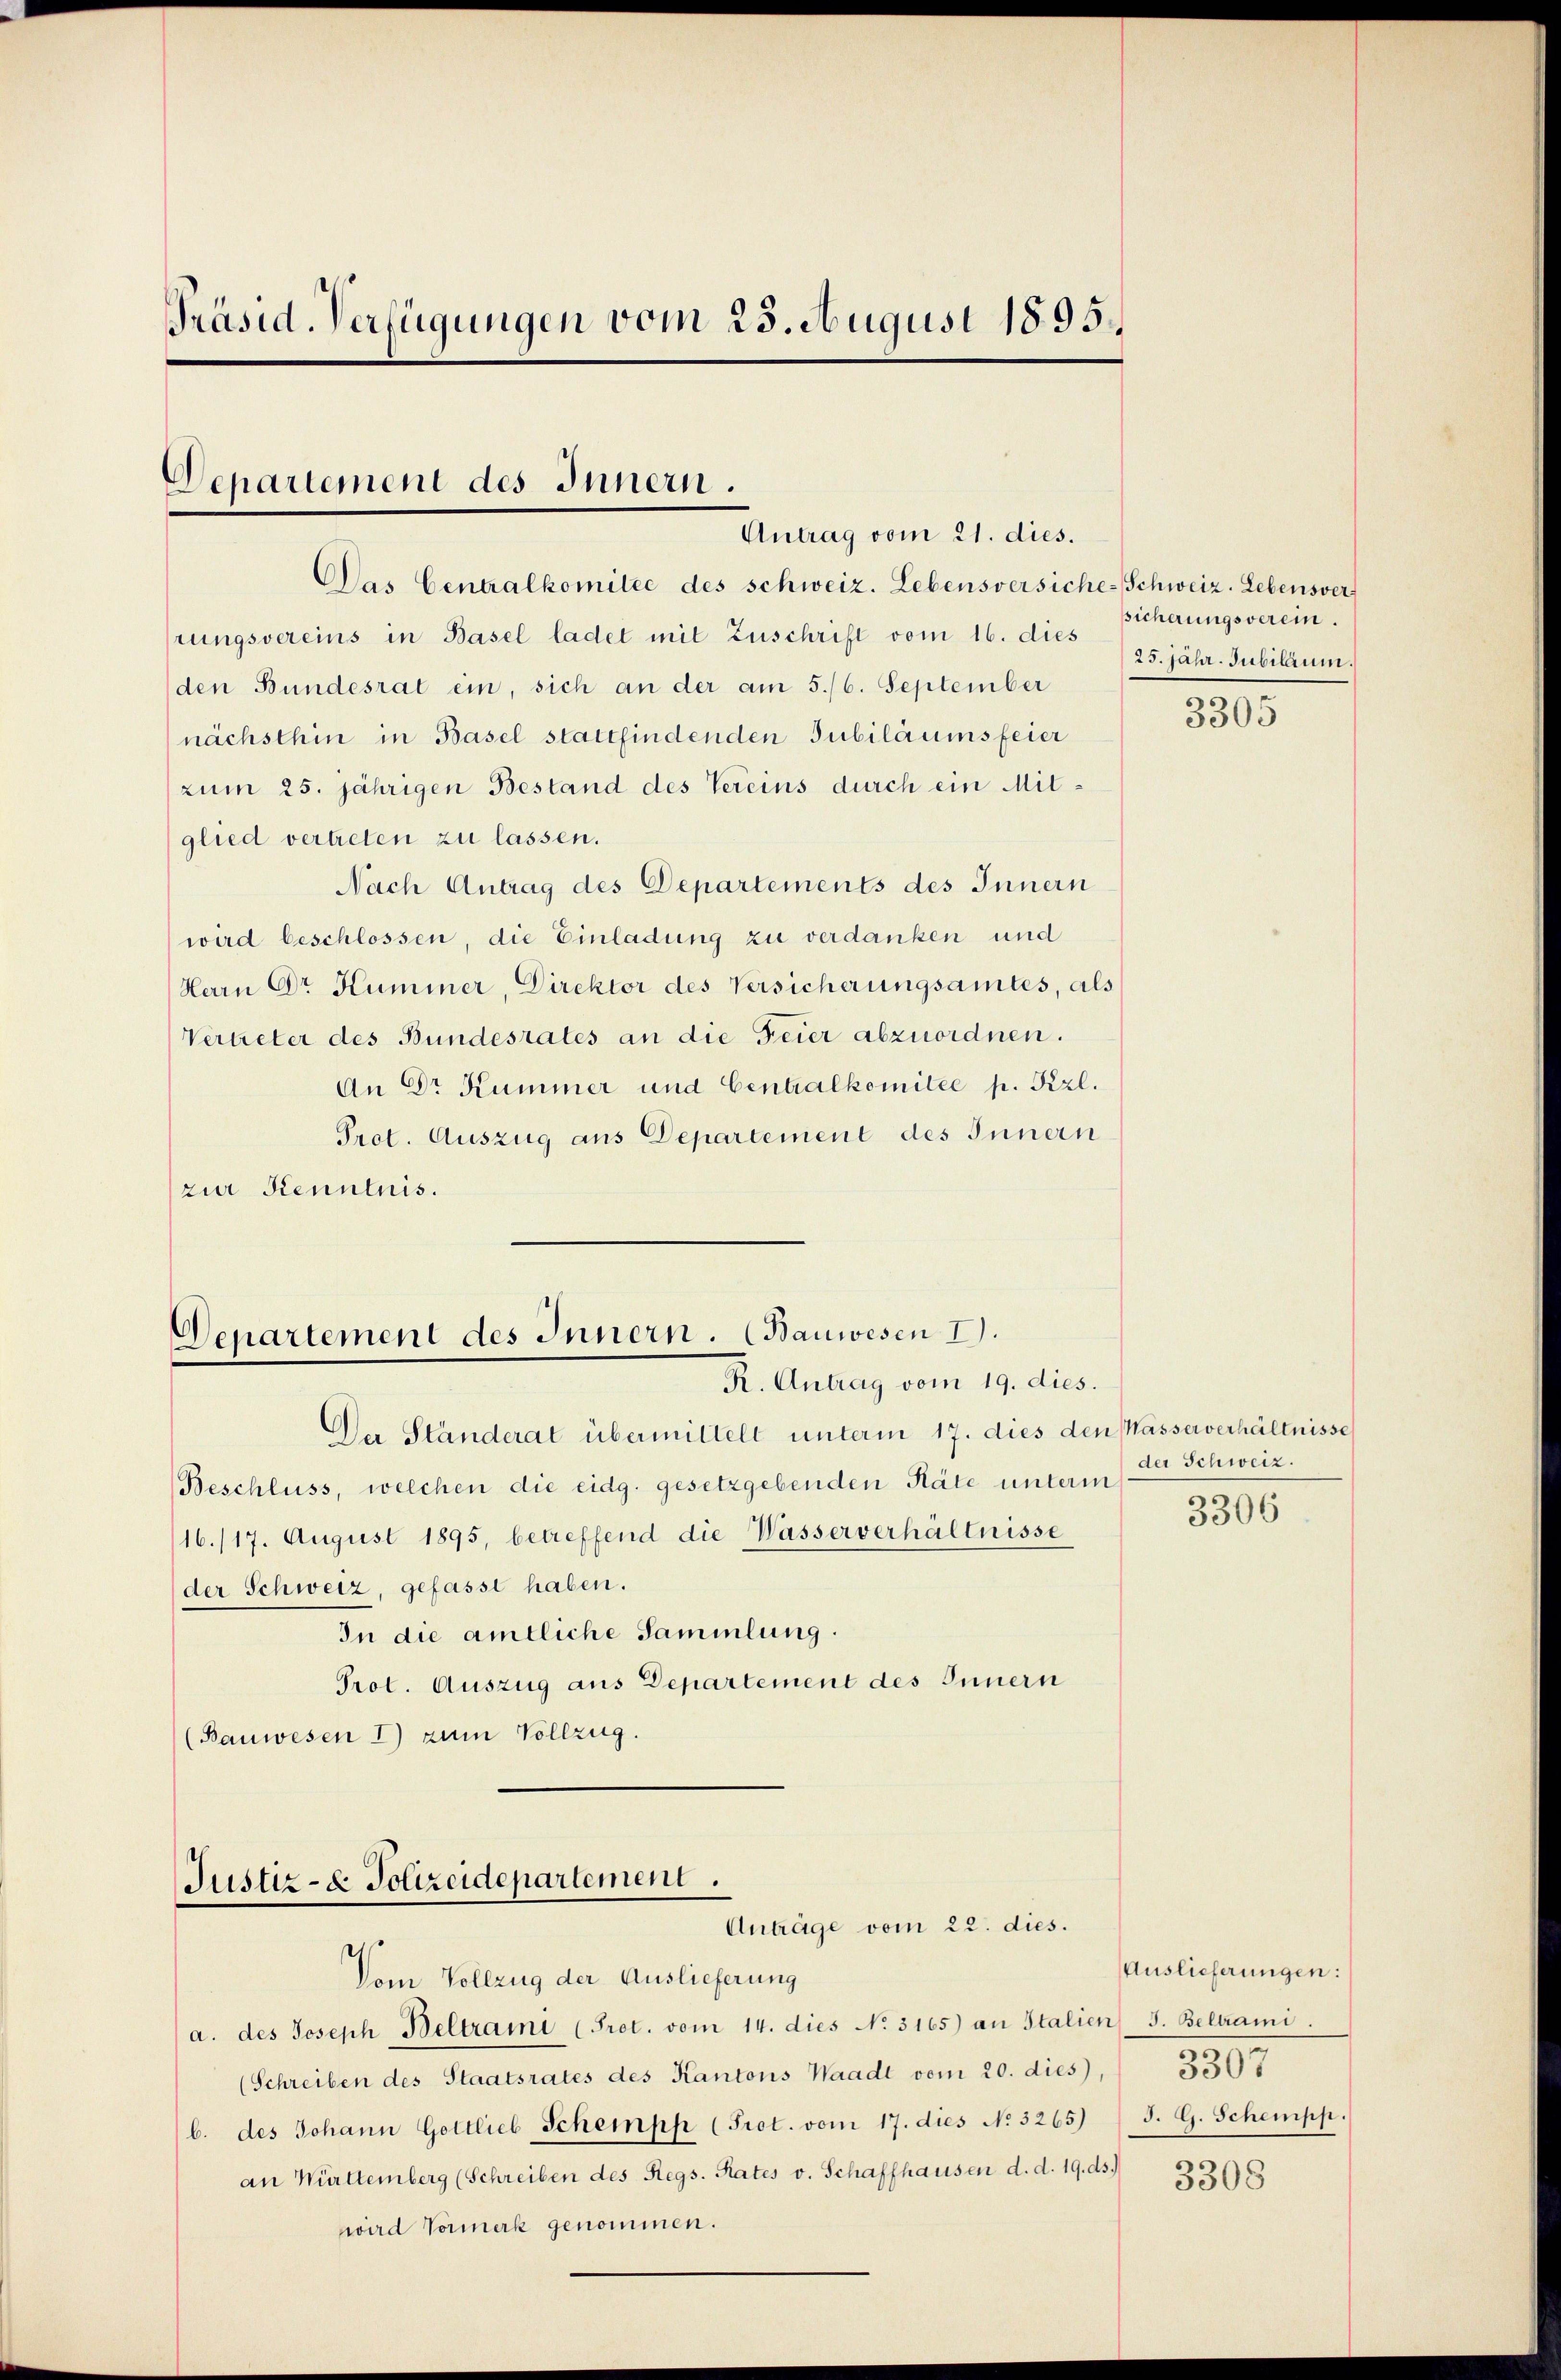
Präsid. Verfügungen vom 25. August 1895.

Departement des Innern.
Antrag vom 21. dies.

Das Centralkomitee des schweiz. Lebensversiche-Schweiz. Lebensver
prungsvereins in Basel ladet mit Zuschrift vom 16. dies
den Bundesrat ein, sich an der am 5./6. September
nächsthin in Basel stattfindenden Jubiläumsfeier
zum 25. jährigen Bestand des Vereins durch ein Mitglied vertreten zu lassen.
Nach Antrag des Departements des Innern
wird beschlossen, die Einladung zu verdanken und
Herrn Dr Hummer, Direktor des Versicherungsamtes, als
Vertreter des Bundesrates an die Feier abzuordnen.
An Dr Kummer und Centralkomitée p. Pzl.
Prot. Auszug aus Departement des Innern
zur Kenntnis.

Departement des Innern. (Bauwesen I.
R. Antrag vom 19. dies.

Justiz- & Polizeidepartement.
Anträge vom 22. dies.
Vom Vollzug der Auslieferung

Der Ständerat übermittelt unterm 17. dies den Masserverhältnisse
Beschluss, welchen die eidg. gesetzgebenden Räte unterm
16./17. August 1895, betreffend die Wasserverhältnisse
der Schweiz, gefasse haben.
In die amtliche Sammlung.
Prot. Auszug aus Departement des Innern
(Bauwesen I) zum Vollzug.

a. des Joseph Beltrami (Pret. vom 14. dies No. 3165) an Italien J. Beltrami
(Schreiben des Staatsrates des Kantons Waadt vom 20. dies,
b. des Johann Gottlieb Schempp (Prot. vom 17. dies No 3265) (J. G. Schempp.
an Württemberg (Schreiben des Regs. Rates v. Schaffhausen d. d. 19. ds.
wird Vormerk genommen.

sicherungsverein.
25. Jahr. Jubilaum.

3305

der Schweiz.
3306

Auslieferungen:
3307

3308